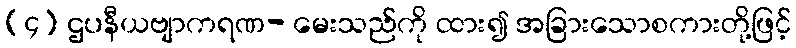
(၄) ဌပနီယဗျာကရဏ- မေးသည်ကို ထား၍ အခြားသောစကားတို့ဖြင့်